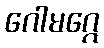
ဂေါမဂ္ဂေ